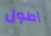
أطول